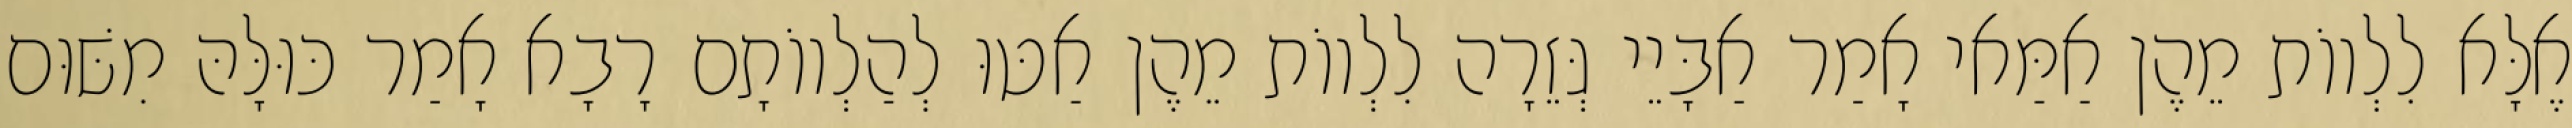
אֶלָּא לִלְווֹת מֵהֶן אַמַּאי אָמַר אַבָּיֵי גְּזֵרָה לִלְווֹת מֵהֶן אַטּוּ לְהַלְווֹתָם רָבָא אָמַר כּוּלָּהּ מִשּׁוּם